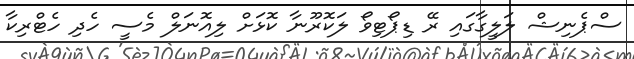
ސްޕެނިޝް ލަލީގާގައި ރޭ ޑިޕޯޓިވޯ ލަކޮރޫނާ ކޮޅަށް ލިއޮނަލް މެސީ ހެދި ހެޓްރިކާ